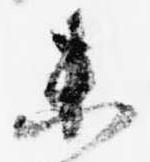
未